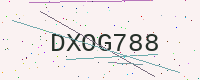
Text: DXOG788